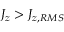
J _ { z } > J _ { z , R M S }